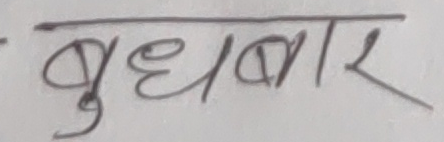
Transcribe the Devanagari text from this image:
बुधबार